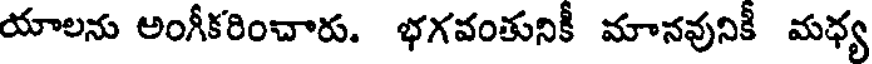
యాలను అంగీకరించారు. భగవంతునికీ మానవునికీ మధ్య